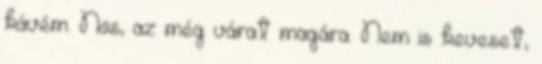
kávém. Nos, az még várat magára. Nem is keveset,